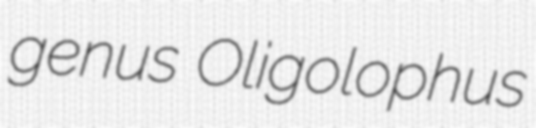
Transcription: genus Oligolophus